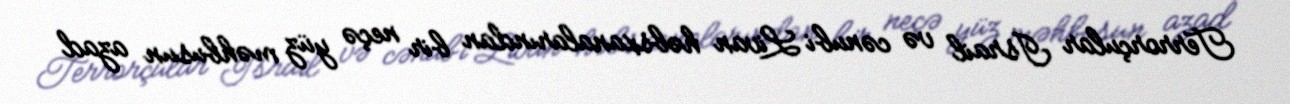
Terrorçular İsrail və cənubi Livan həbsxanalarından bir neçə yüz məhbusun azad